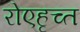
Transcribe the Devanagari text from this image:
रोएहृच्त